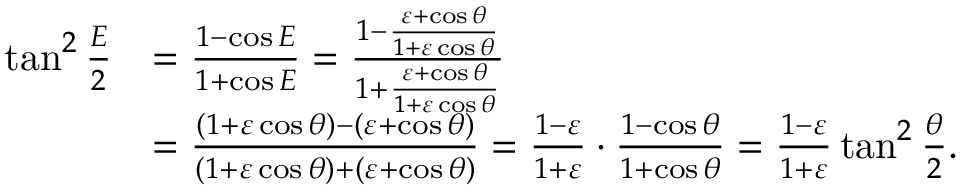
{ \begin{array} { r l } { \tan ^ { 2 } { \frac { E } { 2 } } } & { = { \frac { 1 - \cos E } { 1 + \cos E } } = { \frac { 1 - { \frac { \varepsilon + \cos \theta } { 1 + \varepsilon \cos \theta } } } { 1 + { \frac { \varepsilon + \cos \theta } { 1 + \varepsilon \cos \theta } } } } } \\ & { = { \frac { ( 1 + \varepsilon \cos \theta ) - ( \varepsilon + \cos \theta ) } { ( 1 + \varepsilon \cos \theta ) + ( \varepsilon + \cos \theta ) } } = { \frac { 1 - \varepsilon } { 1 + \varepsilon } } \cdot { \frac { 1 - \cos \theta } { 1 + \cos \theta } } = { \frac { 1 - \varepsilon } { 1 + \varepsilon } } \tan ^ { 2 } { \frac { \theta } { 2 } } . } \end{array} }